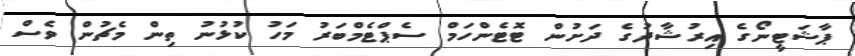
ޕާޝަޓީނޯގެ އިރުޝާދުގެ ދަށުން ޓޮޓެންހަމް ސެޕްޓެމްބަރު މަހު ކުޅުނު ތިން މެޗުން ވެސް